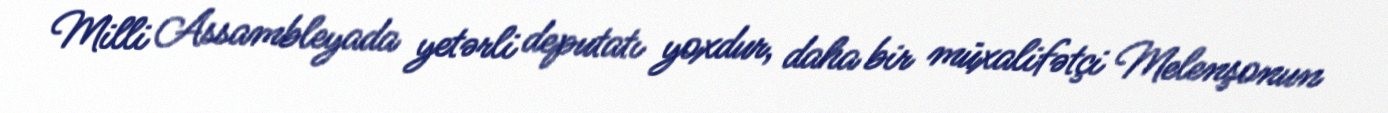
Milli Assambleyada yetərli deputatı yoxdur, daha bir müxalifətçi Melenşonun